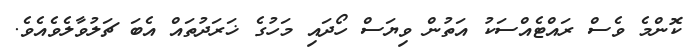
ކޮންމެ ވެސް ރައްޓެއްސަކު އަތުން ވިޔަސް ހޯދައި މަހުގެ ޚަރަދުތައް އެބަ ޗަލުވާލެވެއެވެ.